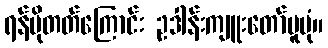
ရန်ပိုတတ်ကြောင်း ဥဒါန်းကျူးတော်မူပုံ။